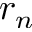
r _ { n }